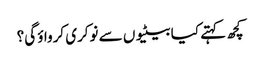
کچھ کہتے کیا بیٹیوں سے نوکری کرواؤ گی؟